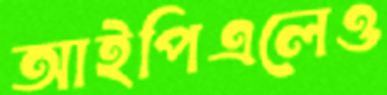
আইপিএলেও